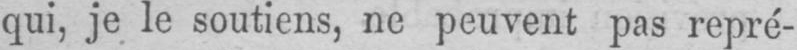
qui, je le soutiens, ne peuvent pas repré-